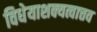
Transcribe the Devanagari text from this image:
विधेयाशक्यत्वात्तव